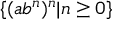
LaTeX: \{ ( a b ^ { n } ) ^ { n } | n \geq 0 \}